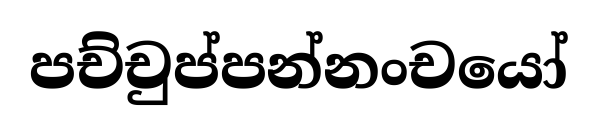
පච්චුප්පන්නංචයෝ